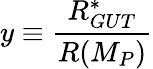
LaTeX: y\equiv\frac{R_{GUT}^{*}}{R(M_{P})}